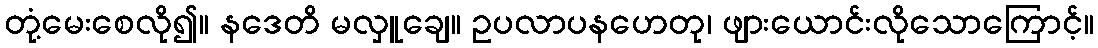
တုံ့မေးစေလို၍။ နဒေတိ မလှူချေ။ ဥပလာပနဟေတု၊ ဖျားယောင်းလိုသောကြောင့်။